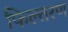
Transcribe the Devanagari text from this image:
फिल्तरण